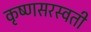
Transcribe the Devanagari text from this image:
कृष्णसरस्वती